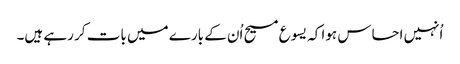
‏ اُنہیں احساس ہوا کہ یسوع مسیح اُن کے بارے میں بات کر رہے ہیں۔